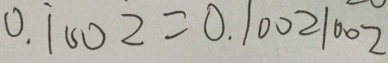
0 . \dot { 1 } 0 0 2 = 0 . 1 0 0 2 1 0 0 2